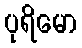
ပုရိမော